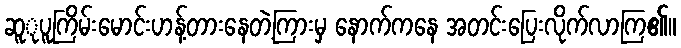
ဆူုပူကြိမ်းမောင်းဟန့်တားနေတဲ့ကြားမှ နောက်ကနေ အတင်းပြေးလိုက်လာကြ၏။